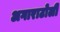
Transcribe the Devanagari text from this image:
अगाराटोली